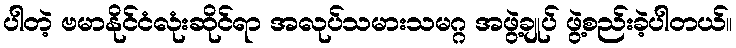
ပါတဲ့ ဗမာနိုင်ငံလုံးဆိုင်ရာ အလုပ်သမားသမဂ္ဂ အဖွဲ့ချုပ် ဖွဲ့စည်းခဲ့ပါတယ်။